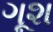
ગૂશ